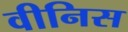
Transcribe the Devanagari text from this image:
वीनिस